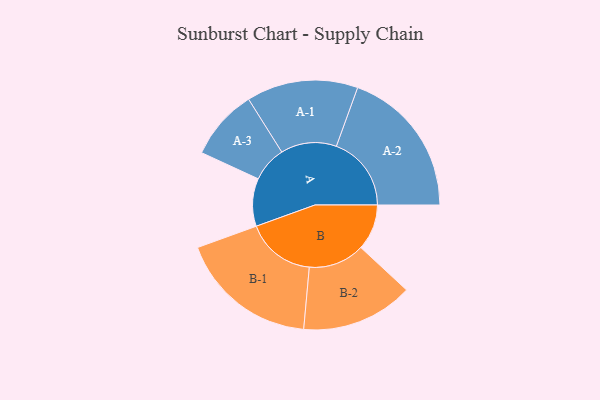
{"axis": {"x": "Segment", "y": "Value"}, "legend": ["", "A", "B"], "data": [{"x": "A", "y": 174, "type": ""}, {"x": "B", "y": 167, "type": ""}, {"x": "A-1", "y": 203, "type": "A"}, {"x": "A-2", "y": 273, "type": "A"}, {"x": "A-3", "y": 129, "type": "A"}, {"x": "B-1", "y": 253, "type": "B"}, {"x": "B-2", "y": 204, "type": "B"}]}